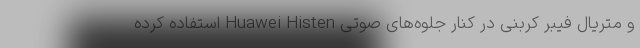
و متریال فیبر کربنی در کنار جلوه‌های صوتی Huawei Histen استفاده کرده